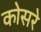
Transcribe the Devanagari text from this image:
कोसरे